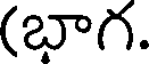
(బాగ.